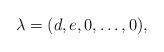
LaTeX: \begin{align*} \lambda = (d,e,0,\ldots,0), \end{align*}